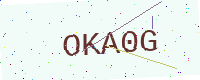
Text: OKA0G